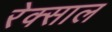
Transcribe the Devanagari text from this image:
रेक्साल